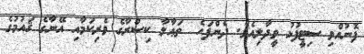
ފޮނުއްވި ސިޓީފުޅު ވީދާލިއެވެ. ދެންފަހެ  ތަޢާލާ ކިސްރާގެ ވެރިކަމާއި އޭނާގެ ޤައުމުގެ